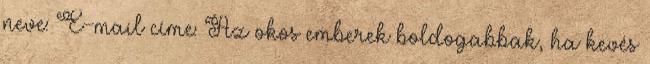
neve: E-mail címe: Az okos emberek boldogabbak, ha kevés